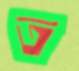
ত